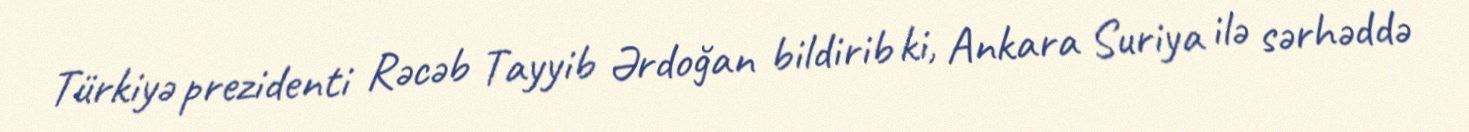
Türkiyə prezidenti Rəcəb Tayyib Ərdoğan bildirib ki, Ankara Suriya ilə sərhəddə